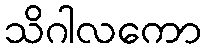
သိဂါလကော